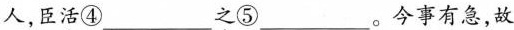
人，臣\underset{·}{活}④___ \underset{·}{之}⑤___。今事有急，故